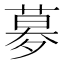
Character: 𡖶